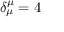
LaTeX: \delta _ { \mu } ^ { \mu } = 4